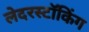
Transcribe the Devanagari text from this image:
लेदरस्टॉकिंग